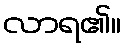
လာရ၏။